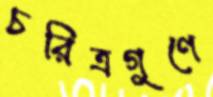
চরিত্রগুণে